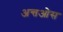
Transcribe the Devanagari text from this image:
अन्तओस